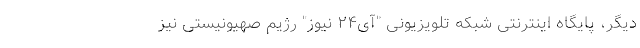
دیگر، پایگاه اینترنتی شبکه تلویزیونی "آی۲۴ نیوز" رژیم صهیونیستی نیز